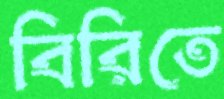
বিরিতে